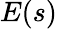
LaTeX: E(s)